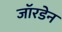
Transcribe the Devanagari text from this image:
जॉरडेन